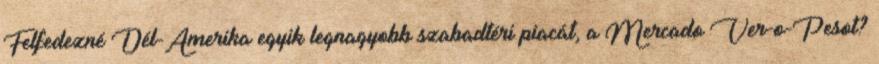
Felfedezné Dél-Amerika egyik legnagyobb szabadtéri piacát, a Mercado Ver-o-Pesot?